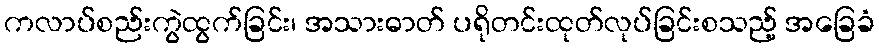
ကလာပ်စည်းကွဲထွက်ခြင်း၊ အသားဓာတ် ပရိုတင်းထုတ်လုပ်ခြင်းစသည့် အခြေခံ